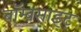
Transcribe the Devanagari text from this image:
बॉम्बसाइट